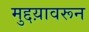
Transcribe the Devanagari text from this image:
मुद्दय़ावरून